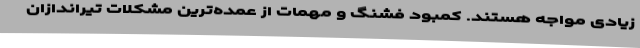
زیادی مواجه هستند. کمبود فشنگ و مهمات از عمده‌ترین مشکلات تیراندازان